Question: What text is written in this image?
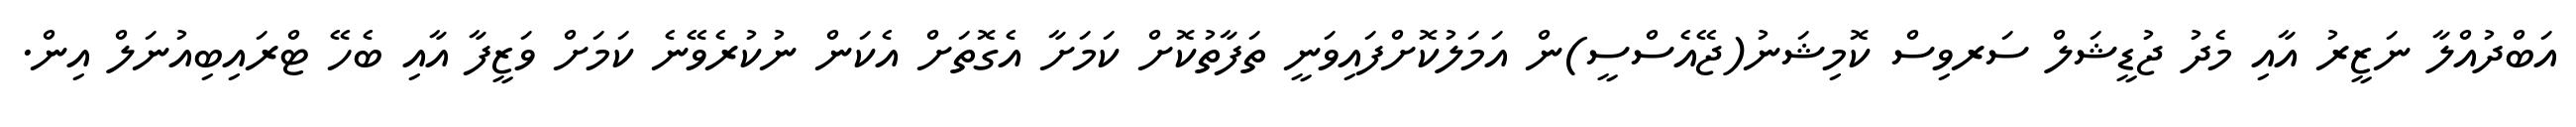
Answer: އަބްދުއްލާ ނަޒީރު އާއި މެދު ޖުޑީޝަލް ސަރވިސް ކޮމިޝަނު(ޖޭއެސްސީ)ން އަމަލުކޮށްފައިވަނީ ތަފާތުކޮށް ކަމަށާ އެގޮތަށް އެކަން ނުކުރެވޭނެ ކަމަށް ވަޒީފާ އާއި ބެހޭ ޓްރައިބިއުނަލް އިން.